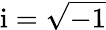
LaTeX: \mathrm{i}=\sqrt{-1}